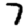
Digit: 7